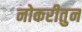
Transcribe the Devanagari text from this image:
नोकरीतुन